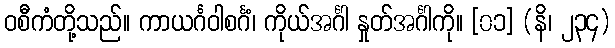
ဝစီကံတို့သည်။ ကာယင်္ဂဝါစင်္ဂံ၊ ကိုယ်အင်္ဂါ နှုတ်အင်္ဂါကို။ [၀၁] (နိ၊ ၂၃၄)